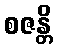
စဇန္တိ